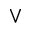
\vee